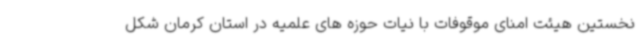
نخستین هیئت امنای موقوفات با نیات حوزه های علمیه در استان کرمان شکل